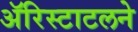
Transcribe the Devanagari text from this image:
ॲरिस्टाटलने